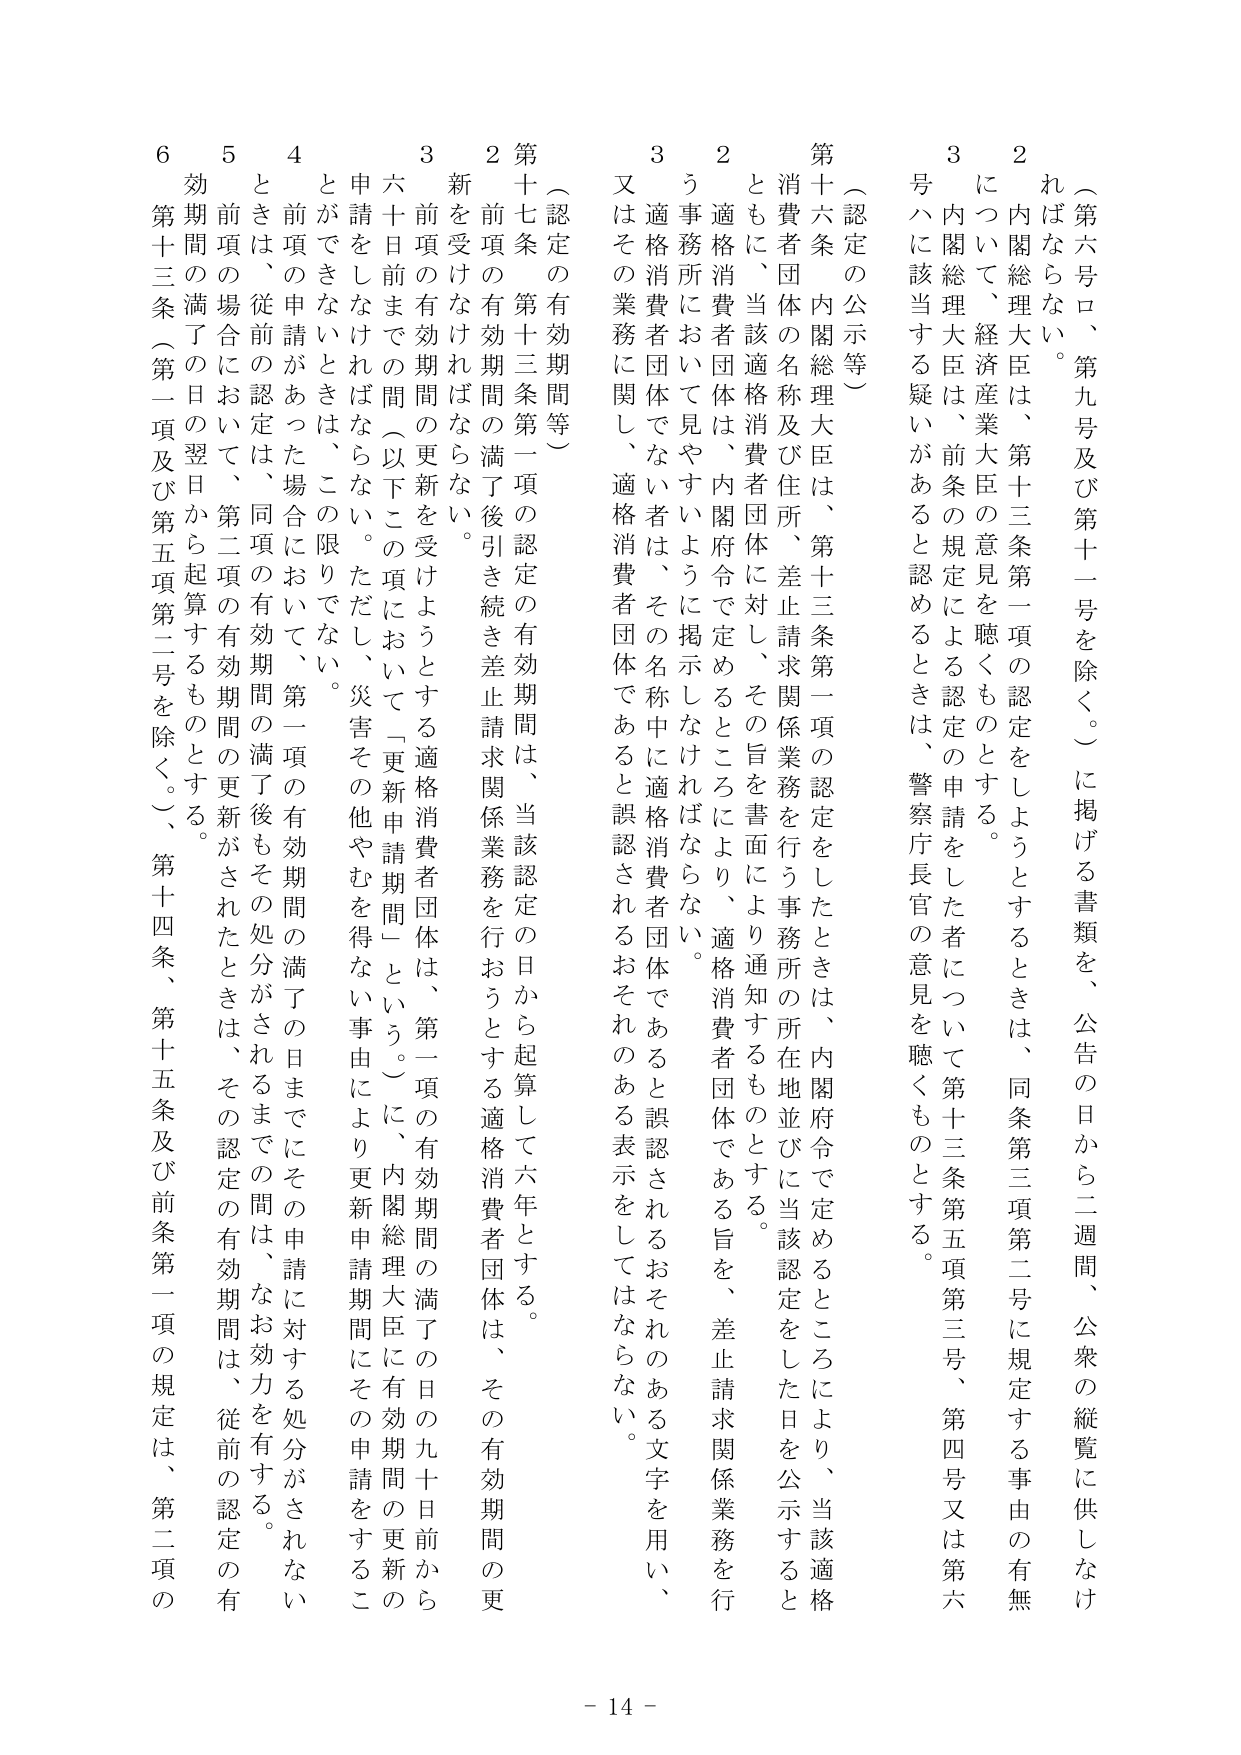
（第六号ロ、第九号及び第十一号を除く。）に掲げる書類を、公告の日から二週間、公衆の縦覧に供しなければならない。

２ 内閣総理大臣は、第十三条第一項の認定をしようとするときは、同条第三項第二号に規定する事由の有無について、経済産業大臣の意見を聴くものとする。

３ 内閣総理大臣は、前条の規定による認定の申請をした者について第十三条第五項第三号、第四号又は第六号ハに該当する疑いがあると認めるときは、警察庁長官の意見を聴くものとする。

（認定の公示等）

第十六条 内閣総理大臣は、第十三条第一項の認定をしたときは、内閣府令で定めるところにより、当該適格消費者団体の名称及び住所、差止請求関係業務を行う事務所の所在地並びに当該認定をした日を公示するとともに、当該適格消費者団体に対し、その旨を書面により通知するものとする。

２ 適格消費者団体は、内閣府令で定めるところにより、適格消費者団体である旨を、差止請求関係業務を行う事務所において見やすいように掲示しなければならない。

３ 適格消費者団体でない者は、その名称中に適格消費者団体であると誤認されるおそれのある文字を用い、又はその業務に関し、適格消費者団体であると誤認されるおそれのある表示をしてはならない。

（認定の有効期間等）

第十七条 第十三条第一項の認定の有効期間は、当該認定の日から起算して六年とする。

２ 前項の有効期間の満了後引き続き差止請求関係業務を行おうとする適格消費者団体は、その有効期間の更新を受けなければならない。

３ 前項の有効期間の更新を受けようとする適格消費者団体は、第一項の有効期間の満了の日の九十日前から六十日前までの間（以下この項において「更新申請期間」という。）に、内閣総理大臣に有効期間の更新の申請をしなければならない。ただし、災害その他やむを得ない事由により更新申請期間にその申請をすることができないときは、この限りでない。

４ 前項の申請があった場合において、第一項の有効期間の満了の日までにその申請に対する処分がされないときは、従前の認定は、同項の有効期間の満了後もその処分がされるまでの間は、なお効力を有する。

５ 前項の場合において、第二項の有効期間の更新がされたときは、その認定の有効期間は、従前の認定の有効期間の満了の日の翌日から起算するものとする。

６ 第十三条（第一項及び第五項第二号を除く。）、第十四条、第十五条及び前条第一項の規定は、第二項の

- 14 -